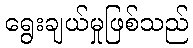
ရွေးချယ်မှုဖြစ်သည်